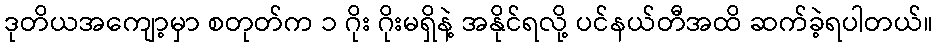
ဒုတိယအကျော့မှာ စတုတ်က ၁ ဂိုး ဂိုးမရှိနဲ့ အနိုင်ရလို့ ပင်နယ်တီအထိ ဆက်ခဲ့ရပါတယ်။